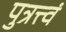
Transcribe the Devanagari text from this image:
पुत्रत्त्वं